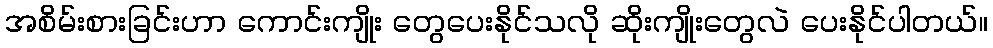
အစိမ်းစားခြင်းဟာ ကောင်းကျိုး တွေပေးနိုင်သလို ဆိုးကျိုးတွေလဲ ပေးနိုင်ပါတယ်။